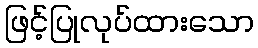
ဖြင့်ပြုလုပ်ထားသော